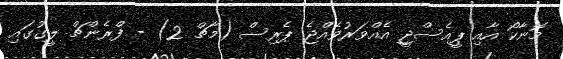
މޮނާކޯ އާއި ޕީއެސްޖީ އެއްވަރުވެއްޖެ ޕެރިސް (މާޗް 2) - ފްރެންޗް ލީގުގައި